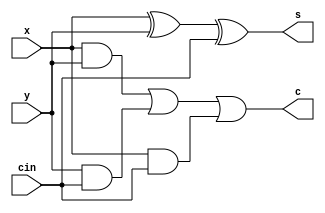

`timescale 1ns/1ns

module FullAdder(s,c,x,y,cin);
input x,y,cin;
output s,c;
assign s=x^y^cin;
wire f,g,h;
assign f=x&y;
assign g=y&cin;
assign h=x&cin;
assign c=f|g|h;
endmodule


module RippleCarryAdder #(parameter N=32)(input [N-1:0] a, input [N-1:0]b,input cin, output [N:0] out); // when the very first carry input is equal to 0
wire [N:0] carry;
wire [N-1:0] sum;
assign carry[0]=cin;
genvar i;

generate

for ( i=0; i<N;i=i+1)
begin
FullAdder full_inst(.s(sum[i]),.c(carry[i+1]),.x(a[i]),.y(b[i]^cin),.cin(carry[i]));
end
endgenerate

assign out ={carry[N],sum};


endmodule